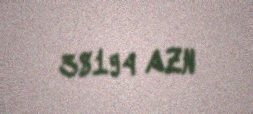
38194 AZN